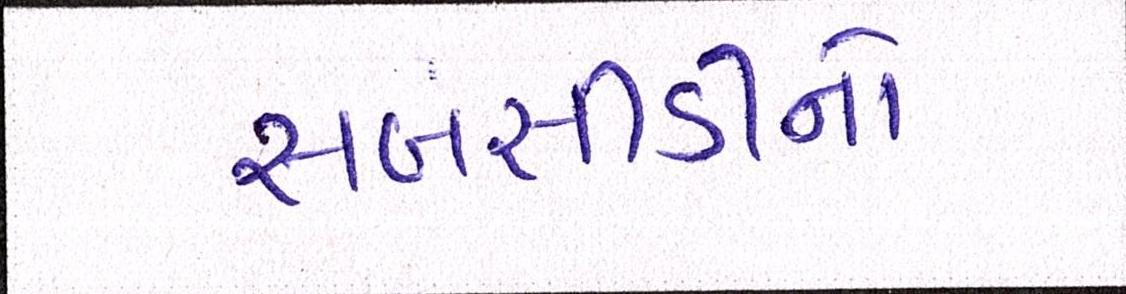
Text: સબસીડીનો